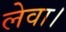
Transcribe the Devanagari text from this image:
लेवा।